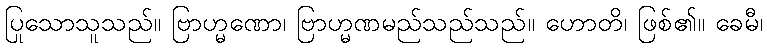
ပြုသောသူသည်။ ဗြာဟ္မဏော၊ ဗြာဟ္မဏမည်သည်သည်။ ဟောတိ၊ ဖြစ်၏။ ခေမီ၊